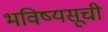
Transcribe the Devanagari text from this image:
भविष्यसूची